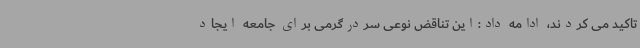
تاکید می کردند، ادامه داد:این تناقض نوعی سردرگرمی برای جامعه ایجاد